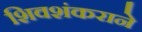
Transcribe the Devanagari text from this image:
शिवशंकराने